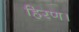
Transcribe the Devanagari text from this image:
हिरण।